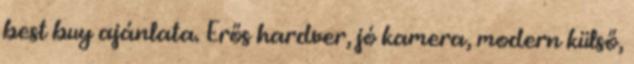
best buy ajánlata. Erős hardver, jó kamera, modern külső,